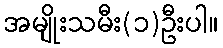
အမျိုးသမီး(၁)ဦးပါ။